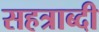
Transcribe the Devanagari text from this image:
सहत्राब्दी